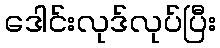
ဒေါင်းလုဒ်လုပ်ပြီး